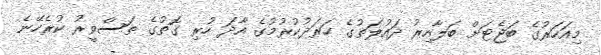
މިއަހަރުގެ ބަޖެޓަށް ބަލާއިރު ދައުލަތުގެ ހަރަދުކުރުމުގެ އާދަ ހުރި ގޮތުގެ ތަސްވީރު ކުރެހޭނެ